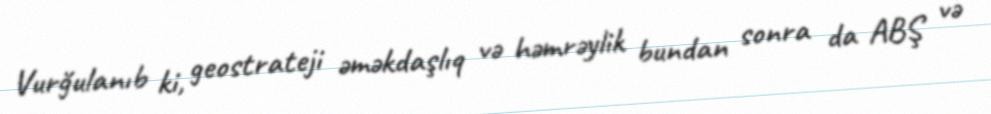
Vurğulanıb ki, geostrateji əməkdaşlıq və həmrəylik bundan sonra da ABŞ və